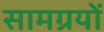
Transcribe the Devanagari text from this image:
सामग्रयों